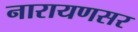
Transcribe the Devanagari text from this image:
नारायणसर